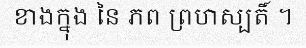
ខាងក្នុង នៃ ភព ព្រហស្បតិ៍ ។